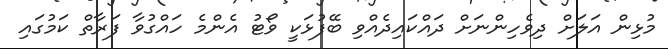
މުޅިން އަލަށް ދިވެހިންނަށް ދައްކައިދެއްވި ބޭފުޅަކީ ވޯޓު އެންމެ ހައްގުވާ ފަރާތް ކަމުގައި